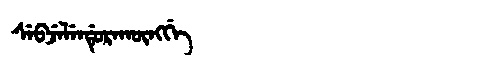
Manchu: ᠰᡝᠪᠵᡝᠯᡝᠨᡩᡠᡵᠠᡴᡡᠩᡤᡝ
Romanization: SEBJELENDURAKŪNGGE